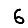
Digit: 6